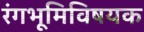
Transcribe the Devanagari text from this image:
रंगभूमिविषयक